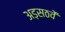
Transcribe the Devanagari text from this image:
अड़सठवें